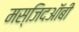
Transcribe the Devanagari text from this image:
मस्जिदऑबी